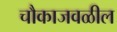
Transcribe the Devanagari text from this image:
चौकाजवळील